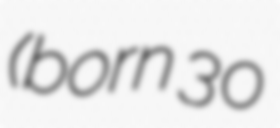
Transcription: (born 30